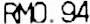
RM0.94